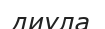
диула